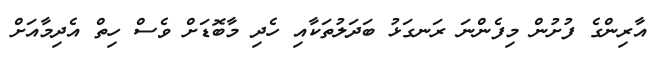
އާރިންގެ ފުށުން މިފެންނަ ރަނގަޅު ބަދަލުތަކާއި ހެދި މާބޮޑަށް ވެސް ހިތް އެދިމާއަށް